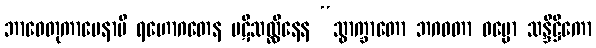
ဘာဝေတုကာမေနာပိ ရဟောဂတေန ပဋိသလ္လီနေန “သွာက္ခာတော ဘဂဝတာ ဓမ္မော သန္ဒိဋ္ဌိကော